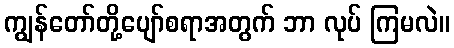
ကျွန်တော်တို့ပျော်စရာအတွက် ဘာ လုပ် ကြမလဲ။